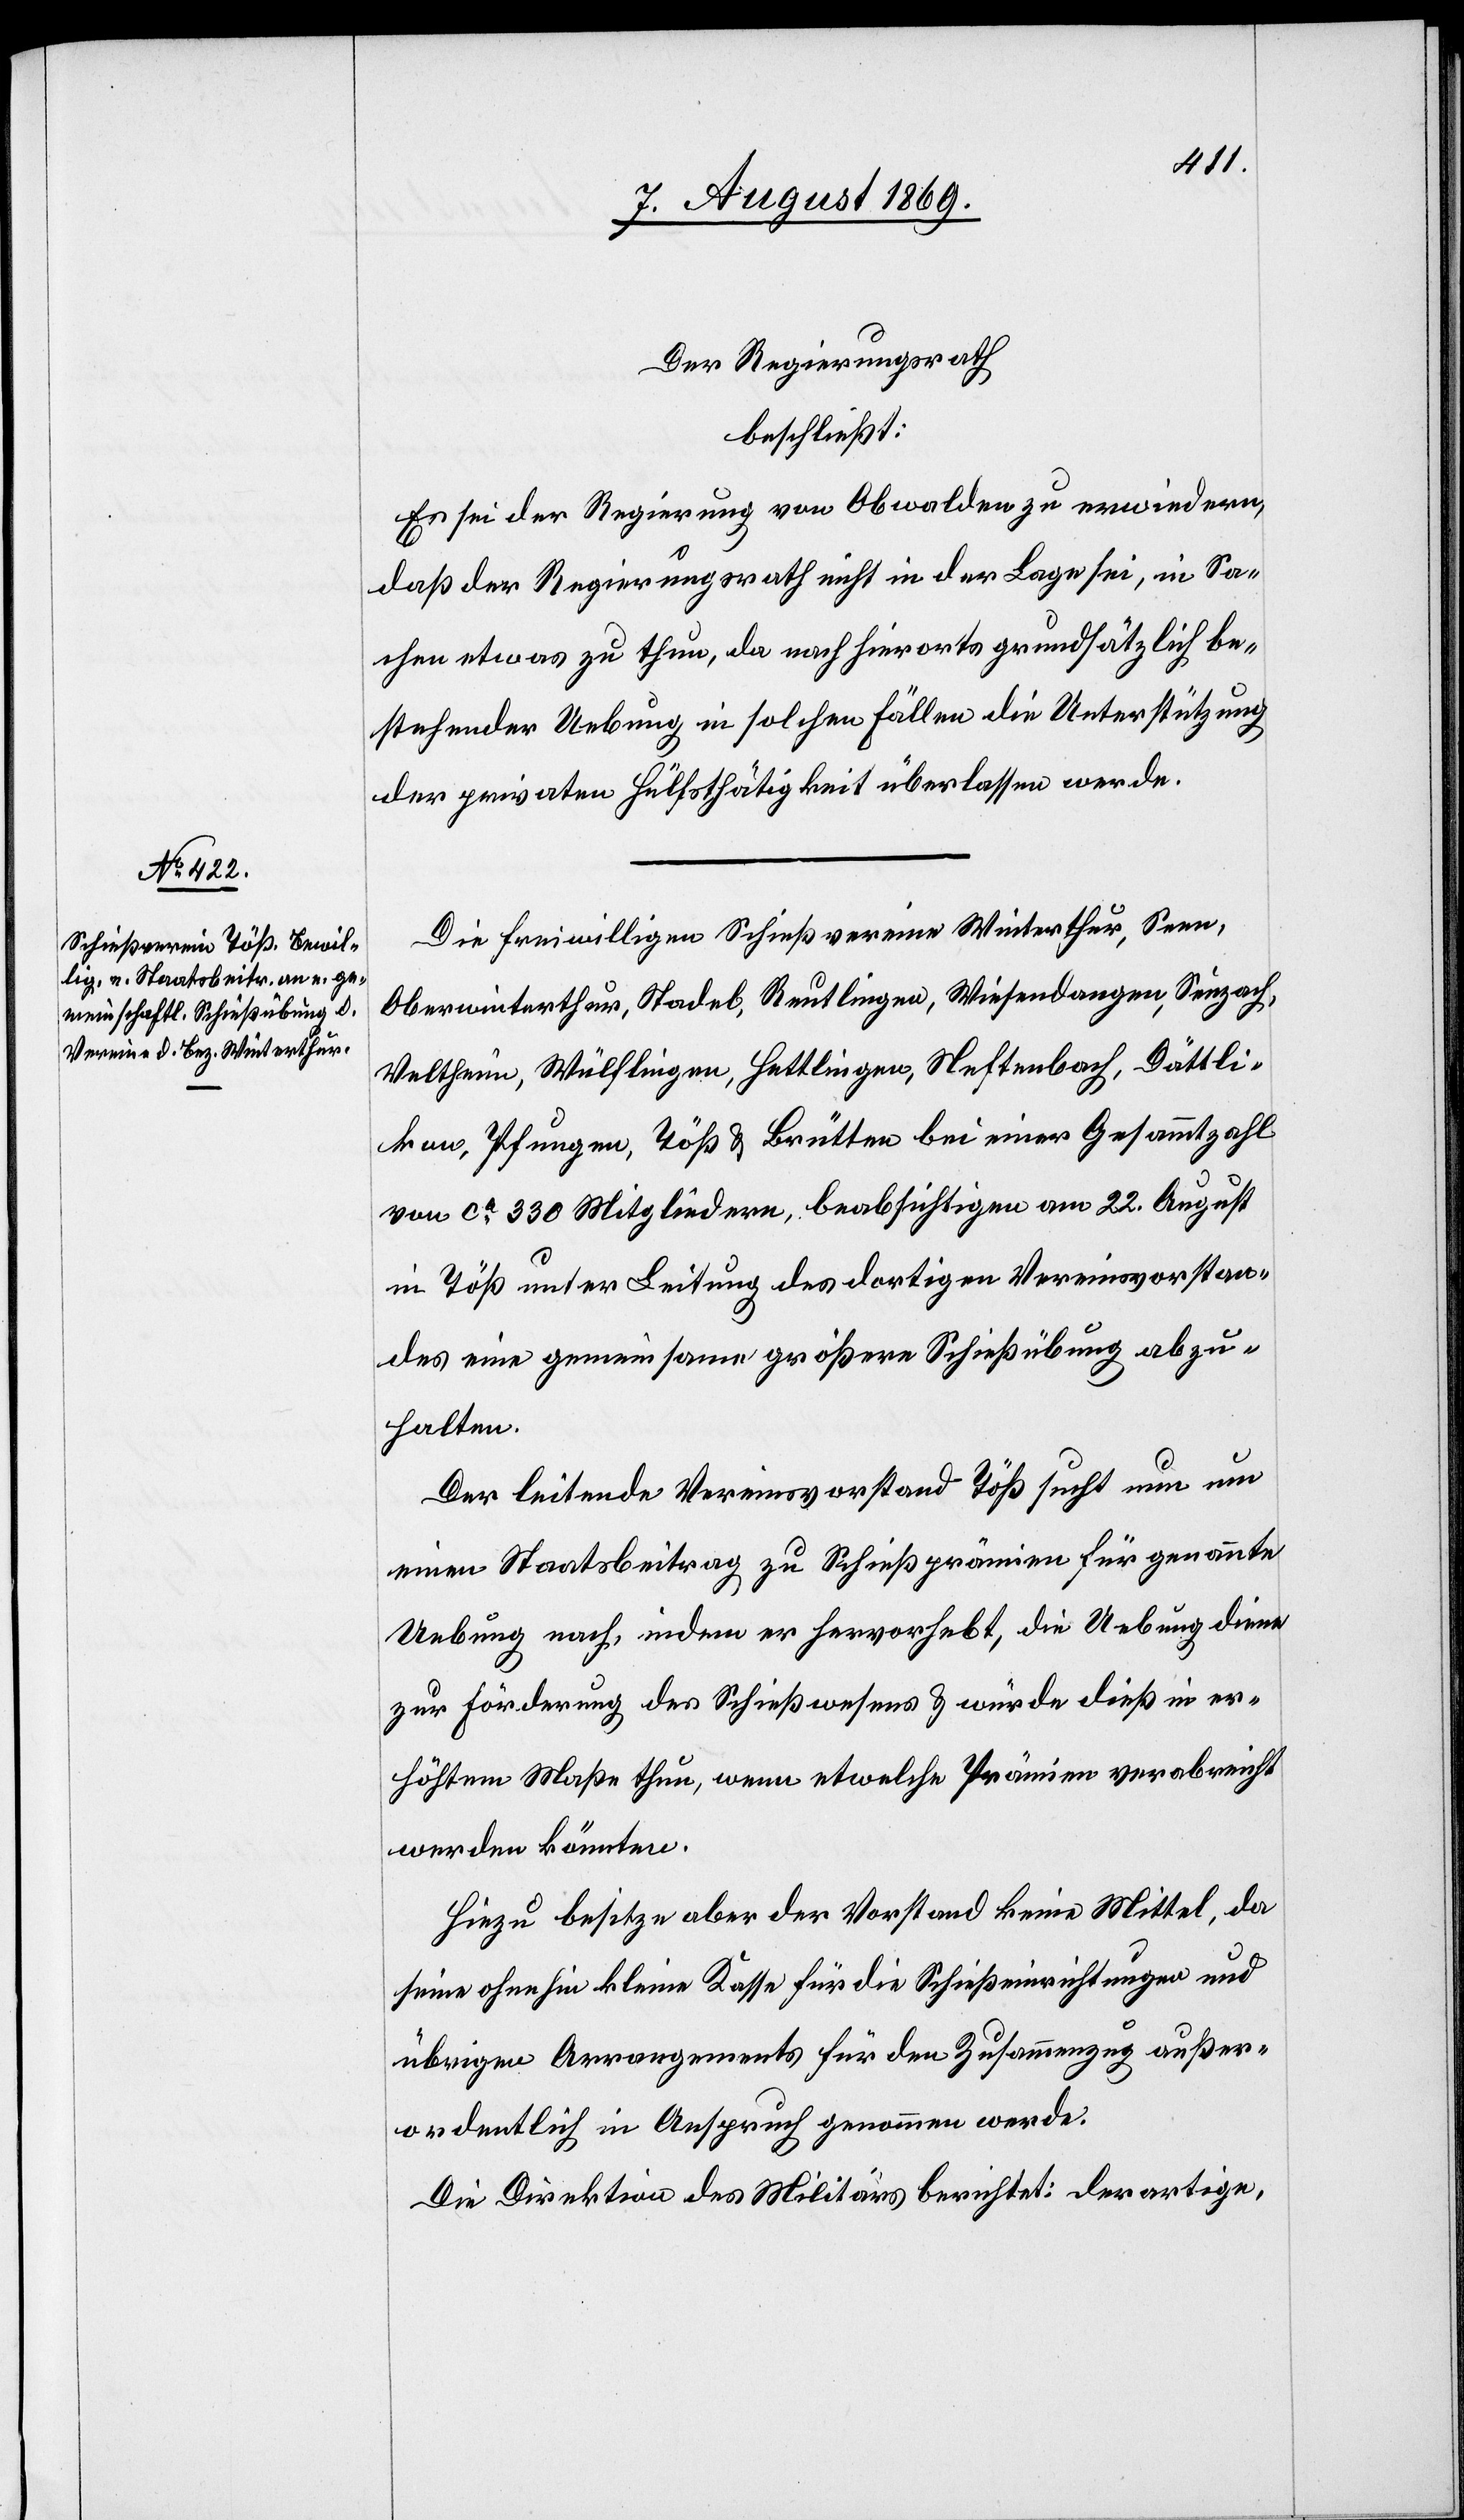
Der Regierungsrath
beschließt:
Es sei der Regierung von Obwalden zu erwiedern,
daß der Regierungsrath nicht in der Lage sei, in Sa¬
chen etwas zu thun, da nach hierorts grundsätzlich be¬
stehender Uebung in solchen Fällen die Unterstützung
der privaten Hülfsthätigkeit überlassen werde.
Die freiwilligen Schießvereine Winterthur, Seen,
Oberwinterthur, Stadel, Reutlingen, Wiesendangen, Seuzach,
Veltheim, Wülflingen, Hettlingen, Neftenbach, Dättli¬
kon, Pfungen, Töß & Brütten bei einer Gesammtzahl
von ca 330 Mitgliedern, beabsichtigen am 22 August
in Töß unter Leitung des dortigen Vereinsvorstan¬
des eine gemeinsame größere Schießübung abzu¬
halten.
Der leitende Vereinsvorstand Töß sucht nun um
einen Staatsbeitrag zu Schießprämien für genannte
Uebung nach, indem er hervorhebt, die Uebung diene
zur Förderung des Schießwesens & würde dieß in er¬
höhtem Maße thun, wenn etwelche Prämien verabreicht
werden könnten.
Hiezu besitze aber der Vorstand keine Mittel, da
seine ohnehin kleine Kasse für die Schießeinrichtungen und
übrigen Arrangements für den Zusammenzug außer¬
ordentlich in Anspruch genommen werde.
Die Direktion des Militärs berichtet: derartige,